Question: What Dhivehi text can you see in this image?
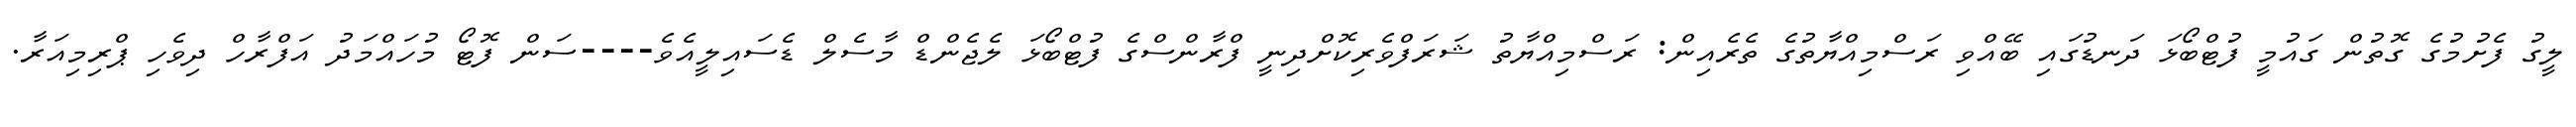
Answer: ލީގު ފެށުމުގެ ގޮތުން ގައުމީ ފުޓްބޯޅަ ދަނޑުގައި ބޭއްވި ރަސްމިއްޔާތުގެ ތެރެއިން: ރަސްމިއްޔާތު ޝަރަފްވެރިކޮށްދިނީ ފްރާންސްގެ ފުޓްބޯޅަ ލެޖެންޑް މާސެލް ޑެސައިލީއެވެ----ސަން ފޮޓޯ މުހައްމަދު އަފްރާހް ދިވެހި ޕްރިމިއަރާ.